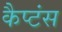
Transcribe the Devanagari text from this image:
कैप्‍टंस